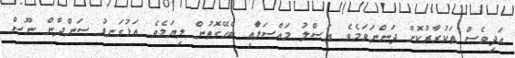
އަދިވެސް ތަކުރާރުކޮށް ދަންނަވަމެވެ. އަސްލު މައްސަލަާއި ބެހޭގޮތުން ލިޔަމެވެ. އަޅުގަނޑު ސަންދާން ނޫސް